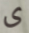
ى